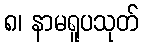
၈၊ နာမရူပသုတ်